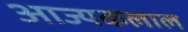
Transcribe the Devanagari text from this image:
आज्यकलाल